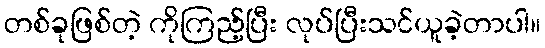
တစ်ခုဖြစ်တဲ့ ကိုကြည့်ပြီး လုပ်ပြီးသင်ယူခဲ့တာပါ။